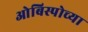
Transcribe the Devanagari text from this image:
ओबिस्पोच्या